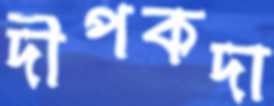
দীপকদা